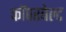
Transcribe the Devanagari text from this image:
कॉपरबेल्ट